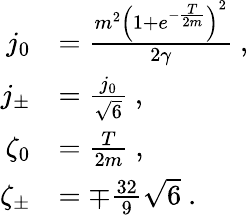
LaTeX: \begin{array}{rl}{j_{0}}&{=\frac{m^{2}\left(1+e^{-\frac{T}{2m}}\right)^{2}}{2\gamma}\ ,}\\ {j_{\pm}}&{=\frac{j_{0}}{\sqrt{6}}\ ,}\\ {\zeta_{0}}&{=\frac{T}{2m}\ ,}\\ {\zeta_{\pm}}&{=\mp\frac{32}{9}\sqrt{6}\ .}\end{array}